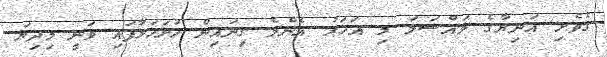
ގެވެށި އަނިޔާގެ މައްސަލަ މި އަހަރު އެންމެ ގިނައިން ހުށަހަޅާފައި ވަނީ މިދިޔަ